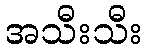
အသီးသီး